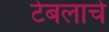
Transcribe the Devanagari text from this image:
टेबलाचे